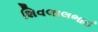
શિવલાલભાઈ